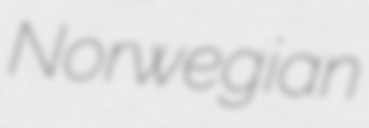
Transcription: Norwegian